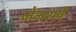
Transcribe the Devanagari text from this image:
जेनरले